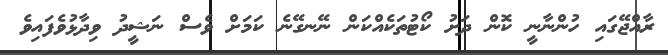
ރާއްޖޭގައި ހުންނާނީ ކޮން ދަށު ކޯޓުތަކެއްކަން ނޭނގޭނެ ކަމަށް ވެސް ނަޝީދު ވިދާޅުވެފައިވެ